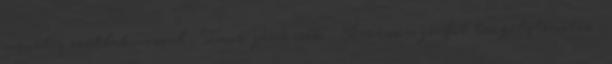
menetes csatlakozással , Inox járókerék , Kerámia-grafit tengelytömítés ,